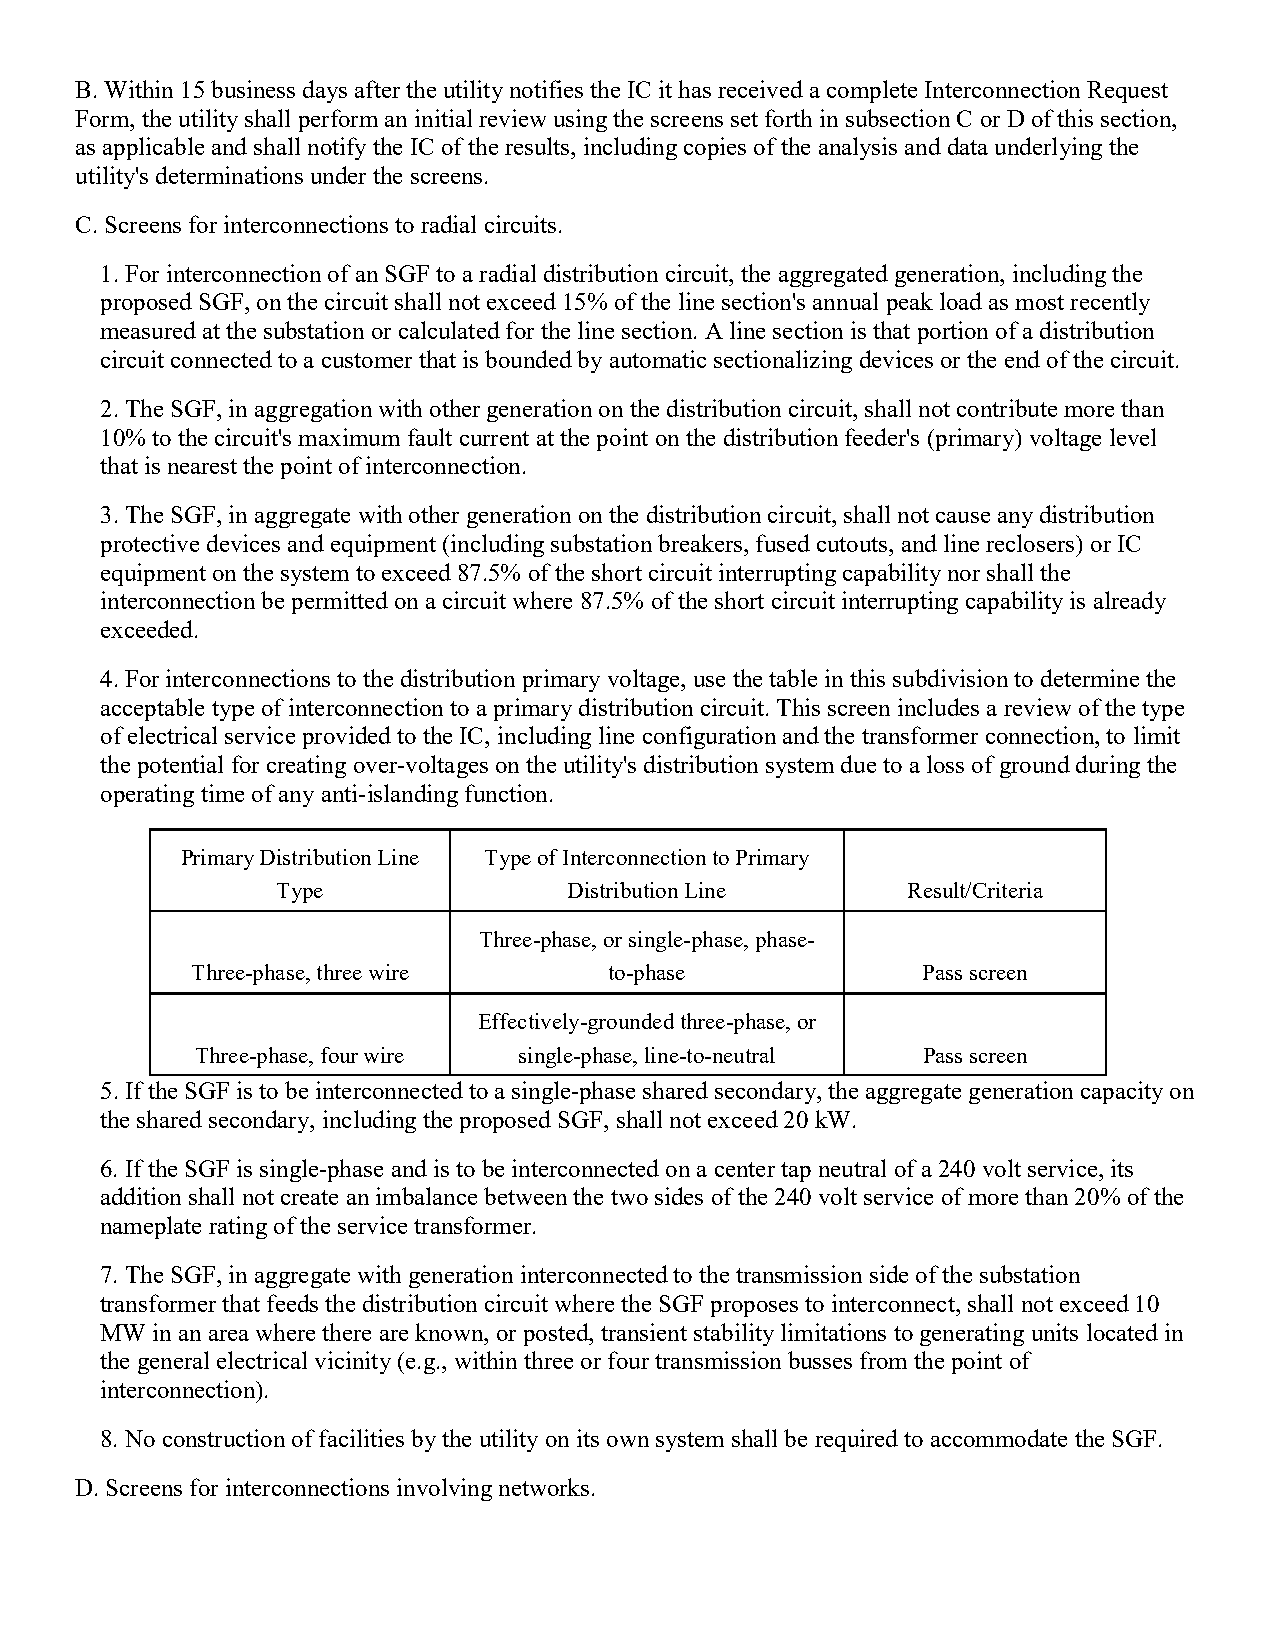
B. Within 15 business days after the utility notifies the IC it has received a complete Interconnection Request
 Form, the utility shall perform an initial review using the screens set forth in subsection C or D of this section,
 as applicable and shall notify the IC of the results, including copies of the analysis and data underlying the
 utility's determinations under the screens.
 C. Screens for interconnections to radial circuits.
 1. For interconnection of an SGF to a radial distribution circuit, the aggregated generation, including the
 proposed SGF, on the circuit shall not exceed 15% of the line section's annual peak load as most recently
 measured at the substation or calculated for the line section. A line section is that portion of a distribution
 circuit connected to a customer that is bounded by automatic sectionalizing devices or the end of the circuit.
 2. The SGF, in aggregation with other generation on the distribution circuit, shall not contribute more than
 10% to the circuit's maximum fault current at the point on the distribution feeder's (primary) voltage level
 that is nearest the point of interconnection.
 3. The SGF, in aggregate with other generation on the distribution circuit, shall not cause any distribution
 protective devices and equipment (including substation breakers, fused cutouts, and line reclosers) or IC
 equipment on the system to exceed 87.5% of the short circuit interrupting capability nor shall the
 interconnection be permitted on a circuit where 87.5% of the short circuit interrupting capability is already
 exceeded.
 4. For interconnections to the distribution primary voltage, use the table in this subdivision to determine the
 acceptable type of interconnection to a primary distribution circuit. This screen includes a review of the type
 of electrical service provided to the IC, including line configuration and the transformer connection, to limit
 the potential for creating over-voltages on the utility's distribution system due to a loss of ground during the
 operating time of any anti-islanding function.
 Primary Distribution Line Type of Interconnection to Primary
 Type                Distribution Line     Result/Criteria
 Three-phase, or single-phase, phase-
 Three-phase, three wire    to-phase             Pass screen
 Effectively-grounded three-phase, or
 Three-phase, four wire single-phase, line-to-neutral Pass screen
 5. If the SGF is to be interconnected to a single-phase shared secondary, the aggregate generation capacity on
 the shared secondary, including the proposed SGF, shall not exceed 20 kW.
 6. If the SGF is single-phase and is to be interconnected on a center tap neutral of a 240 volt service, its
 addition shall not create an imbalance between the two sides of the 240 volt service of more than 20% of the
 nameplate rating of the service transformer.
 7. The SGF, in aggregate with generation interconnected to the transmission side of the substation
 transformer that feeds the distribution circuit where the SGF proposes to interconnect, shall not exceed 10
 MW in an area where there are known, or posted, transient stability limitations to generating units located in
 the general electrical vicinity (e.g., within three or four transmission busses from the point of
 interconnection).
 8. No construction of facilities by the utility on its own system shall be required to accommodate the SGF.
 D. Screens for interconnections involving networks.